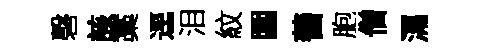
磬該藁逕泪紋圍蓍胞僧㵼